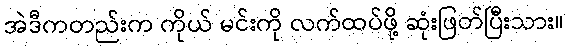
အဲဒီကတည်းက ကိုယ် မင်းကို လက်ထပ်ဖို့ ဆုံးဖြတ်ပြီးသား။